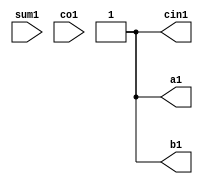
module test(
            output reg a1,b1,cin1,
            input sum1,co1
    );
    
    integer i;
   
    initial 
        begin
        for(i=0; i<8; i=i+1)
            begin
            {a1,b1,cin1}=i;
            #5;
            end
        end
        
     always@(sum1,co1)
        begin
        if((sum1==a1^b1^cin1) && (co1==(a1&b1)|(a1&cin1)|(b1&cin1)))
        $display($time, "ns The correct output is\n",
        "a1 %b , b1 %b , cin1 %b :: sum1 %b, co1 %b",a1,b1,cin1,sum1,co1);
        else
        $display($time,"output is incorrect");
        end
    
    endmodule